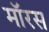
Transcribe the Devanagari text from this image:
मॉरस